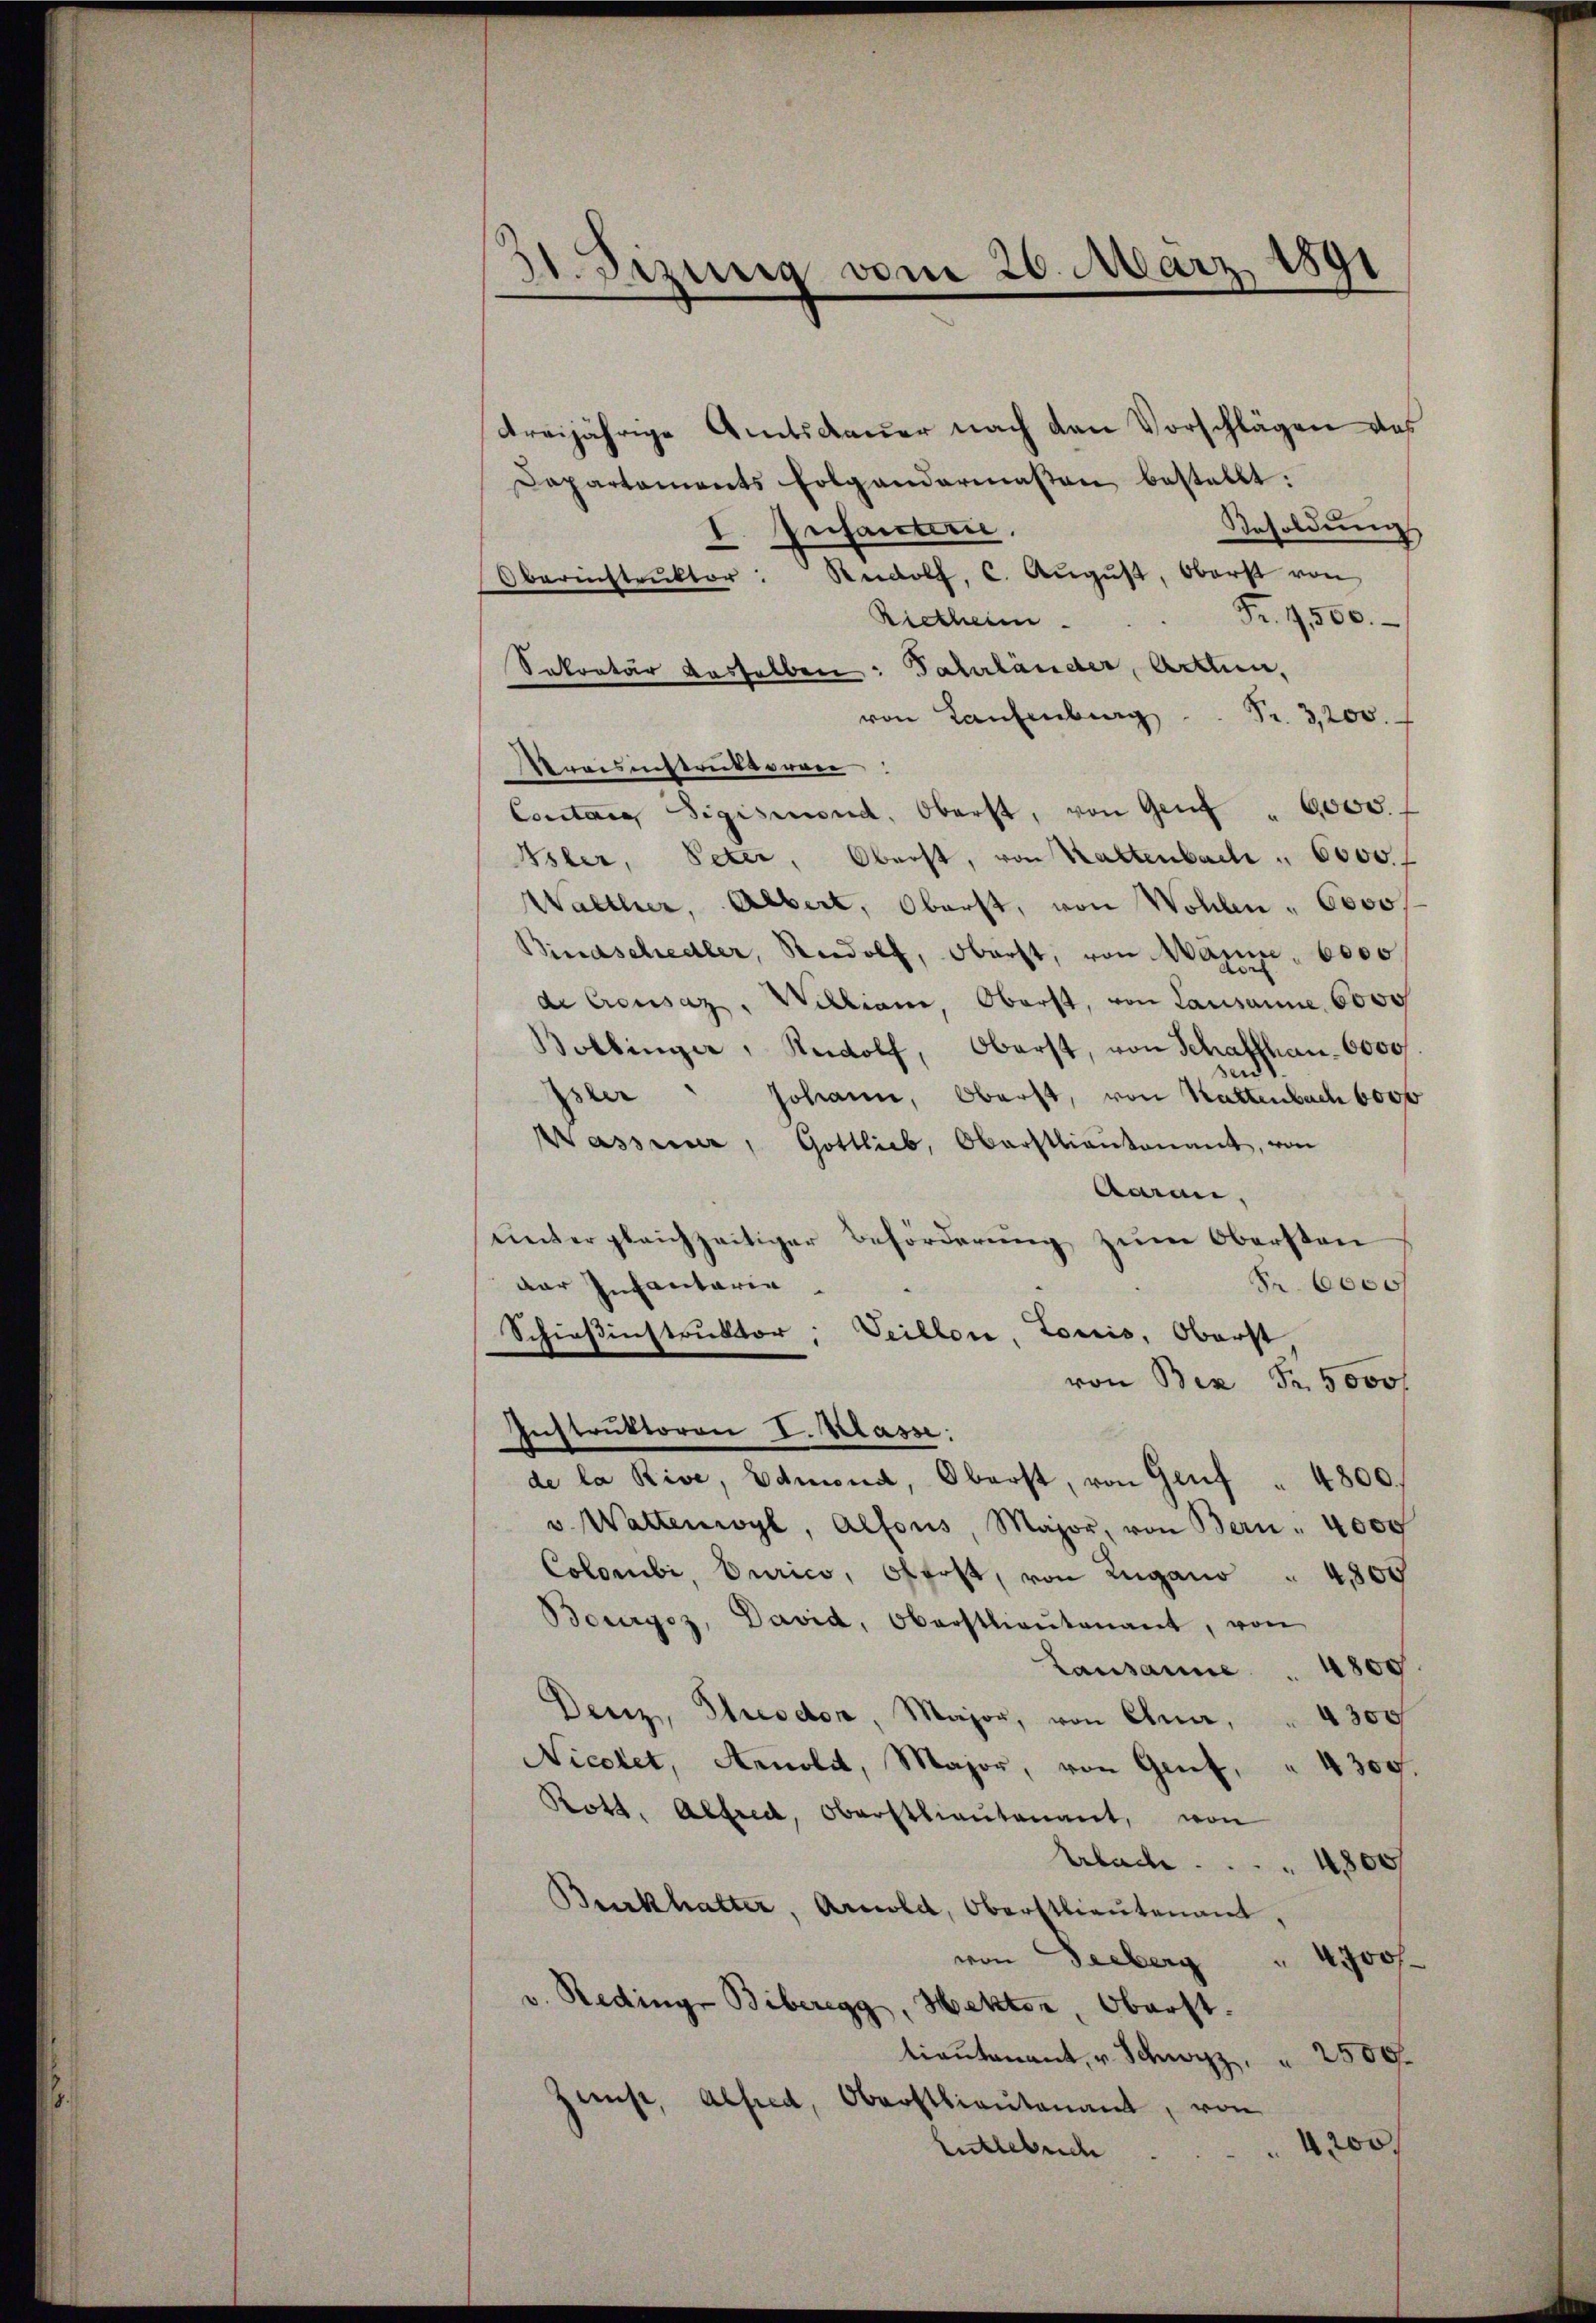
31. Sizung vom 20. März 1891

dreijährige Amtsdauer nach den Vorschlägen das
Dapartaments folgendarmaßen bestellt:
Besoldung
I. Infanterie.
Oberinstrŭktor Rudolf, C. Aŭgŭst, Oberst von
Fr. 4500.
Rietheim
Sekretär desselben: Jahrländer, Acten,
von Laufenburg . . Pr. 3200.
raisinstruktoren
Contars Sigismond, Oberst, von Genf " 6000.
Isler, Peter, Oberst, von Kaltenbach " 6000. f
Walther, Albert, Oberst, von Wohlen - Coco
Bindschedler, Rudolf, Oberst, von Mann. 6000.
de Crousaz, William, Oberst, von Lausanne 6000
Bollinger, Rudolf, Oberst, von Schafthan. 6000
und
Isler " Johann, Oberst, von Kattenbach 6000
Wasser, Gottlieb, Oberstlieutenant, von
Aaran.
untergleichzeitiger Beförderung zum Obersten
der Infantaria
Fr. 6000f
Schießinstruktor; Veillon, Loris, Oberst
von Bex Fr. 5000 f
Instruktoren I. Klasse:
de la Rive, Edmond, Oberst, von Genf " 4800.
v. Wattenwyl, Alfons, Major, von Bern . 4000
Colombi, Eurico, Offest, von Zugano. 4805
Bourgoz, David, Oberstlieutenant, von
Lausanne 4800
Denz, Theodor, Major, von Chur, " 4300
Nicolet, Arnold, Major, von Genf, " 4300.
Rott. Alfred, Oberstlieutenant, von
Urbache.
800
Burkhalter, Arnold, Oberstlieutenant
4J00f.
von Seeberg
v. Redinge Biberegg, Hektor, Oberst.
lieutenant, u. Schwyz, " 2500.
Zunst, Alfred, Oberstlieutenant, von
4200
Entlebuc